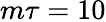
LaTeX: m\tau=10